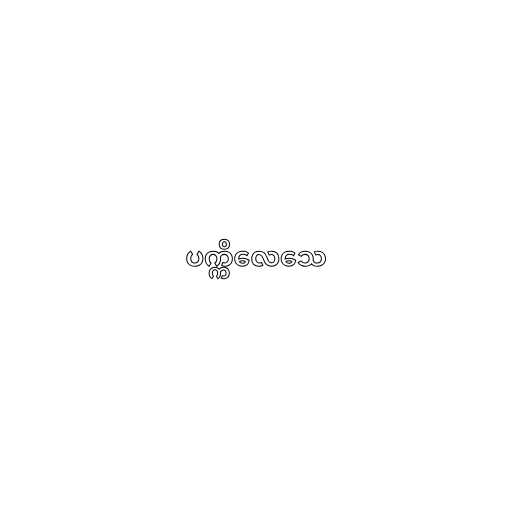
ပက္ကိလေသေ